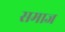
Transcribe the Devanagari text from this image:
समाज